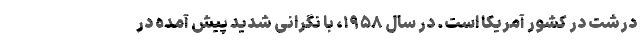
درشت در کشور آمریکا است. در سال ۱۹۵۸، با نگرانی شدید پیش آمده در